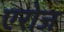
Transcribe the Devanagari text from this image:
एरोज